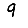
Digit: 9